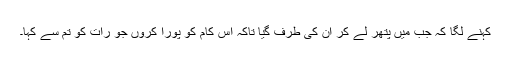
کہنے لگا کہ جب مَیں پتھر لے کر ان کی طرف گیا تاکہ اس کام کو پورا کروں جو رات کو تم سے کہا۔